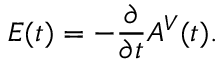
E ( t ) = - \frac { \partial } { \partial t } A ^ { V } ( t ) .